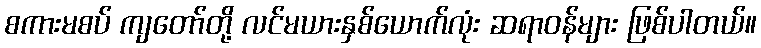
စကားမစပ် ကျတော်တို့ လင်မယားနှစ်ယောက်လုံး ဆရာဝန်များ ဖြစ်ပါတယ်။